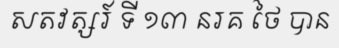
សតវត្សរ៍ ទី ១៣ នរគ ថៃ បាន